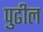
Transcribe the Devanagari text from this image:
पुुढील